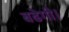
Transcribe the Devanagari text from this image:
बढेगी।